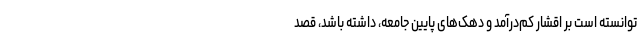
توانسته است بر اقشار کم‌درآمد و دهک‌های پایین جامعه، داشته باشد، قصد